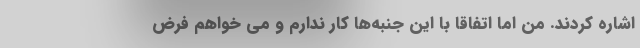
اشاره کردند. من اما اتفاقا با این جنبه‌ها کار ندارم و می خواهم فرض